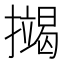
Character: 𢷒